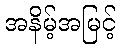
အနိမ့်အမြင့်